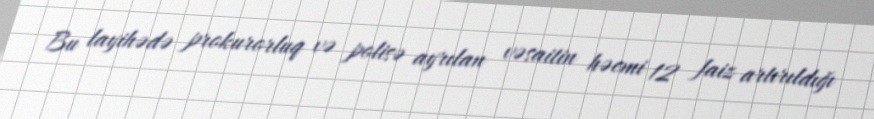
Bu layihədə prokurorluq və polisə ayrılan vəsaitin həcmi 12 faiz artırıldığı